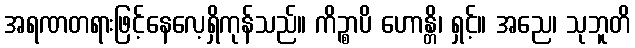
အရဏတရားဖြင့်နေလေ့ရှိကုန်သည်။ ကိဉ္စာပိ ဟောန္တိ၊ ရှင့်။ အညေ၊ သုဘူတိ